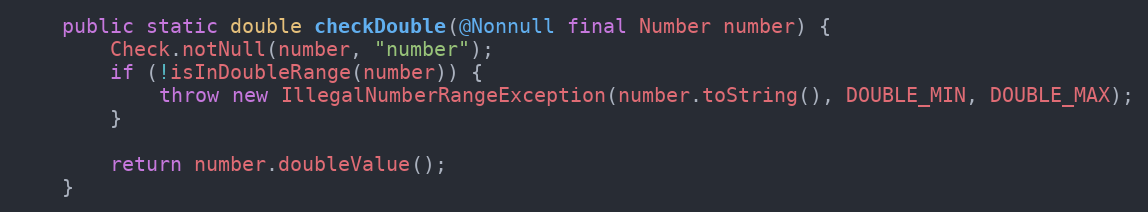
Language: Java
	public static double checkDouble(@Nonnull final Number number) {
		Check.notNull(number, "number");
		if (!isInDoubleRange(number)) {
			throw new IllegalNumberRangeException(number.toString(), DOUBLE_MIN, DOUBLE_MAX);
		}

		return number.doubleValue();
	}